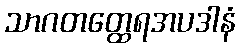
သာဂတတ္ထေရအပဒါနံ